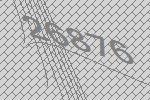
26876